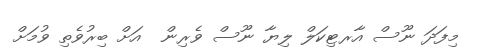
މިފަދަ ނޫސް އާރޓިކަލް ލިޔާ ނޫސް ވެރިން  އަށް ބިރުވެތި ވުމަށް